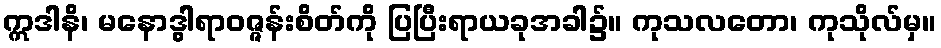
ဣဒါနိ၊ မနောဒွါရာဝဇ္ဇန်းစိတ်ကို ပြပြီးရာယခုအခါ၌။ ကုသလတော၊ ကုသိုလ်မှ။